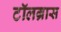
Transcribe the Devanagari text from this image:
टॉलग्रास